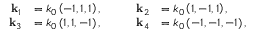
\begin{array} { r l } { \mathbf { k } _ { 1 } } & { = k _ { 0 } \left( - 1 , 1 , 1 \right) , } \\ { \mathbf { k } _ { 3 } } & { = k _ { 0 } \left( 1 , 1 , - 1 \right) , } \end{array} \qquad \begin{array} { r l } { \mathbf { k } _ { 2 } } & { = k _ { 0 } \left( 1 , - 1 , 1 \right) , } \\ { \mathbf { k } _ { 4 } } & { = k _ { 0 } \left( - 1 , - 1 , - 1 \right) , } \end{array}